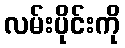
လမ်းပိုင်းကို